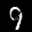
Label: 9